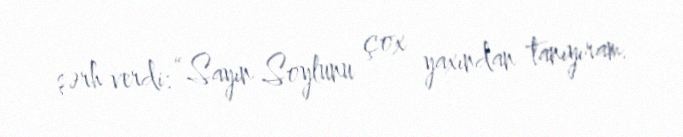
şərh verdi: “Sayın Soylunu çox yaxından tanıyıram.